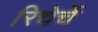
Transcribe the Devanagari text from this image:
रिचेर्चे